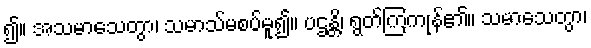
၍။ အသမာသေတွာ၊ သမာသ်မစပ်မူ၍။ ပဌန္တိ၊ ရွတ်ကြကုန်၏။ သမာသေတွာ၊